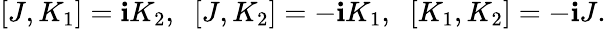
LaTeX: [J,K_{1}]=\mathbf{i}K_{2},\; \; [J,K_{2}]=-\mathbf{i}K_{1},\; \; [K_{1},K_{2}]=-\mathbf{i}J.